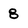
Character: 8